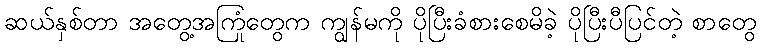
ဆယ်နှစ်တာ အတွေ့အကြုံတွေက ကျွန်မကို ပိုပြီးခံစားစေမိခဲ့ ပိုပြီးပီပြင်တဲ့ စာတွေ